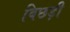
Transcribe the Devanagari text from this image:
बिछड़ी